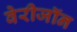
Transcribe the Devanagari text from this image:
वेरीजॉन